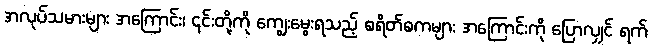
အလုပ်သမားများ အကြောင်း၊ ၎င်းတို့ကို ကျွေးမွေးရသည့် စရိတ်စကများ အကြောင်းကို ပြောလျှင် ရက်